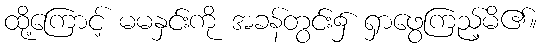
ထို့ကြောင့် မမနှင်းကို အခန်တွင်း၌ ရှာဖွေကြည့်မိ၏။